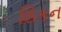
શિકન